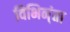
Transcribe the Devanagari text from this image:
विभिन्ंता